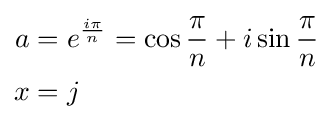
{\begin{aligned}a&=e^{\frac {i\pi }{n}}=\cos {\frac {\pi }{n}}+i\sin {\frac {\pi }{n}}\\x&=j\end{aligned}}